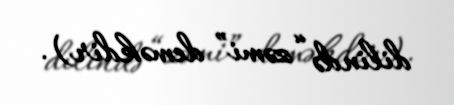
dilində “zəmi” deməkdir).